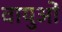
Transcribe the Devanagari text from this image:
वायुओं